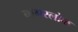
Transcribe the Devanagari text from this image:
नागरलोक